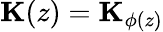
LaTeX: \textbf{K}(z)=\textbf{K}_{\phi(z)}